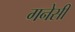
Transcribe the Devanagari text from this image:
गनेसी